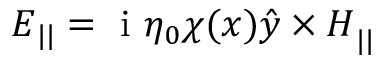
\ensuremath { \boldsymbol { E } } _ { | | } = \mathrm { ~ i ~ } \eta _ { 0 } \chi ( x ) \ensuremath { \boldsymbol { \hat { y } \times H } } _ { | | }